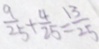
\frac { 9 } { 1 4 } + \frac { 4 } { 2 5 } = \frac { 1 3 } { 2 5 }